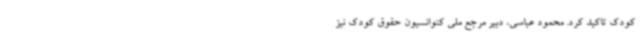
کودک تاکید کرد. محمود عباسی، دبیر مرجع ملی کنوانسیون حقوق کودک نیز